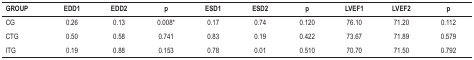
<table><thead><tr><td><b>GROUP</b></td><td><b>EDD1</b></td><td><b>EDD2</b></td><td><b>p</b></td><td><b>ESD1</b></td><td><b>ESD2</b></td><td><b>p</b></td><td><b>LVEF1</b></td><td><b>LVEF2</b></td><td><b>p</b></td></tr></thead><tbody><tr><td>CG</td><td>0.26</td><td>0.13</td><td>0.008*</td><td>0.17</td><td>0.74</td><td>0.120</td><td>76.10</td><td>71.20</td><td>0.112</td></tr><tr><td>CTG</td><td>0.50</td><td>0.58</td><td>0.741</td><td>0.83</td><td>0.19</td><td>0.422</td><td>73.67</td><td>71.89</td><td>0.579</td></tr><tr><td>ITG</td><td>0.19</td><td>0.88</td><td>0.153</td><td>0.78</td><td>0.01</td><td>0.510</td><td>70.70</td><td>71.50</td><td>0.792</td></tr></tbody></table>